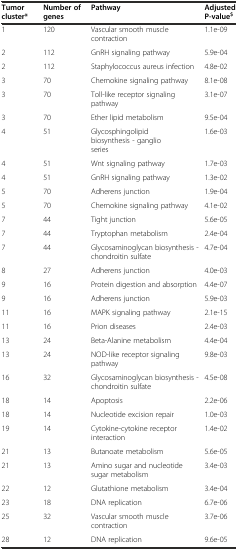
| Tumor cluster* | Number of genes | Pathway | Adjusted P-value$ |
 | --- | --- | --- | --- |
 | 1 | 120 | Vascular smooth muscle contraction | 1.1e-09 |
 | 2 | 112 | GnRH signaling pathway | 5.9e-04 |
 | 2 | 112 | Staphylococcus aureus infection | 4.8e-02 |
 | 3 | 70 | Chemokine signaling pathway | 8.1e-08 |
 | 3 | 70 | Toll-like receptor signaling pathway | 3.1e-07 |
 | 3 | 70 | Ether lipid metabolism | 9.5e-04 |
 | 4 | 51 | Glycosphingolipid biosynthesis - ganglio series | 1.6e-03 |
 | 4 | 51 | Wnt signaling pathway | 1.7e-03 |
 | 4 | 51 | GnRH signaling pathway | 1.3e-02 |
 | 5 | 70 | Adherens junction | 1.9e-04 |
 | 5 | 70 | Chemokine signaling pathway | 4.1e-02 |
 | 7 | 44 | Tight junction | 5.6e-05 |
 | 7 | 44 | Tryptophan metabolism | 2.4e-04 |
 | 7 | 44 | Glycosaminoglycan biosynthesis - chondroitin sulfate | 4.7e-04 |
 | 8 | 27 | Adherens junction | 4.0e-03 |
 | 9 | 16 | Protein digestion and absorption | 4.4e-07 |
 | 9 | 16 | Adherens junction | 5.9e-03 |
 | 11 | 16 | MAPK signaling pathway | 2.1e-15 |
 | 11 | 16 | Prion diseases | 2.4e-03 |
 | 13 | 24 | Beta-Alanine metabolism | 4.4e-04 |
 | 13 | 24 | NOD-like receptor signaling pathway | 9.8e-03 |
 | 16 | 32 | Glycosaminoglycan biosynthesis - chondroitin sulfate | 4.5e-08 |
 | 18 | 14 | Apoptosis | 2.2e-06 |
 | 18 | 14 | Nucleotide excision repair | 1.0e-03 |
 | 19 | 14 | Cytokine-cytokine receptor interaction | 1.4e-02 |
 | 21 | 13 | Butanoate metabolism | 5.6e-05 |
 | 21 | 13 | Amino sugar and nucleotide sugar metabolism | 3.4e-03 |
 | 22 | 12 | Glutathione metabolism | 3.4e-04 |
 | 23 | 18 | DNA replication | 6.7e-06 |
 | 25 | 32 | Vascular smooth muscle contraction | 3.7e-06 |
 | 28 | 12 | DNA replication | 9.6e-05 |